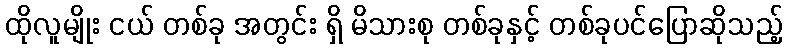
ထိုလူမျိုး ငယ် တစ်ခု အတွင်း ရှိ မိသားစု တစ်ခုနှင့် တစ်ခုပင်ပြောဆိုသည့်